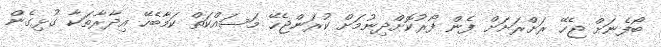
ބޯފެނަށް ޖެހޭ ރަށްރަށަށް ފެން ފޯރުކޮށްދިނުމަށް ކުރަންޖެހޭ މަސައްކަތް ކަމާބެހޭ އިދާރާތަކާ ގުޅިގެން